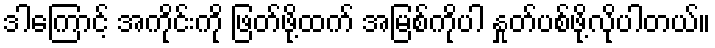
ဒါကြောင့် အကိုင်းကို ဖြတ်ဖို့ထက် အမြစ်ကိုပါ နှုတ်ပစ်ဖို့လိုပါတယ်။